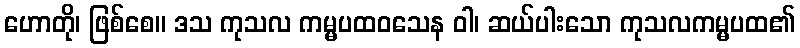
ဟောတို၊ ဖြစ်စေ။ ဒသ ကုသလ ကမ္မပထဝသေန ဝါ၊ ဆယ်ပါးသော ကုသလကမ္မပထ၏